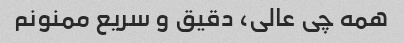
همه چی عالی، دقیق و سریع ممنونم